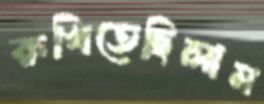
রুখিতেছিলাম